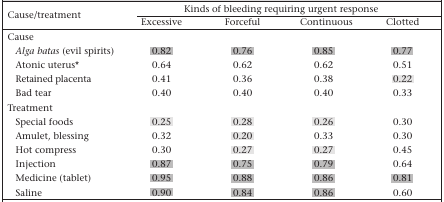
<table><thead><tr><td rowspan="2"><b>Cause/treatment</b></td><td colspan="4"><b>Kinds of bleeding requiring urgent response</b></td></tr><tr><td><b>Excessive</b></td><td><b>Forceful</b></td><td><b>Continuous</b></td><td><b>Clotted</b></td></tr></thead><tbody><tr><td colspan="5">Cause</td></tr><tr><td><i>Alga batas</i> (evil spirits)</td><td>0.82</td><td>0.76</td><td>0.85</td><td>0.77</td></tr><tr><td>Atonic uterus∗</td><td>0.64</td><td>0.62</td><td>0.62</td><td>0.51</td></tr><tr><td>Retained placenta</td><td>0.41</td><td>0.36</td><td>0.38</td><td>0.22</td></tr><tr><td>Bad tear</td><td>0.40</td><td>0.40</td><td>0.40</td><td>0.33</td></tr><tr><td colspan="5">Treatment</td></tr><tr><td>Special foods</td><td>0.25</td><td>0.28</td><td>0.26</td><td>0.30</td></tr><tr><td>Amulet, blessing</td><td>0.32</td><td>0.20</td><td>0.33</td><td>0.30</td></tr><tr><td>Hot compress</td><td>0.30</td><td>0.27</td><td>0.27</td><td>0.45</td></tr><tr><td>Injection</td><td>0.87</td><td>0.75</td><td>0.79</td><td>0.64</td></tr><tr><td>Medicine (tablet)</td><td>0.95</td><td>0.88</td><td>0.86</td><td>0.81</td></tr><tr><td>Saline</td><td>0.90</td><td>0.84</td><td>0.86</td><td>0.60</td></tr></tbody></table>